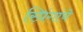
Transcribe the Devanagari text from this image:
स्प्रिंगांचे